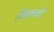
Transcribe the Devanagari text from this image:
शिवकली